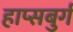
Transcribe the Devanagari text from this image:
हाप्सबुर्ग